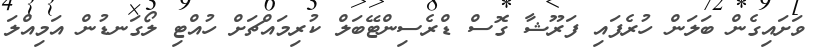
ވަށައިގެން ބަލަން ހުރެފައި ފަރޫޝާ ގޮސް ޑްރެސިންޓޭބަލް ކުރިމައްޗަށް ހުއްޓި ލޯގަނޑުން އަމިއްލަ